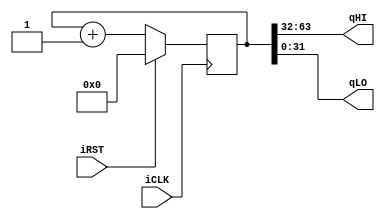
module Timer(iCLK, iRST, qHI, qLO);

input wire iCLK, iRST;
output wire [31:0] qHI, qLO;

reg [63:0] q;

assign qHI = q[63:32];
assign qLO = q[31:0];

initial
begin
	q <= 64'b0;
end

always @(posedge iCLK)
begin
	if(iRST)
		q <= 64'b0;
	else
		q <= q+1;
end

endmodule